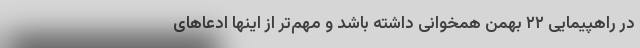
در راهپیمایی ۲۲ بهمن همخوانی داشته باشد و مهم‌تر از اینها ادعاهای